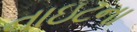
નાઇટના